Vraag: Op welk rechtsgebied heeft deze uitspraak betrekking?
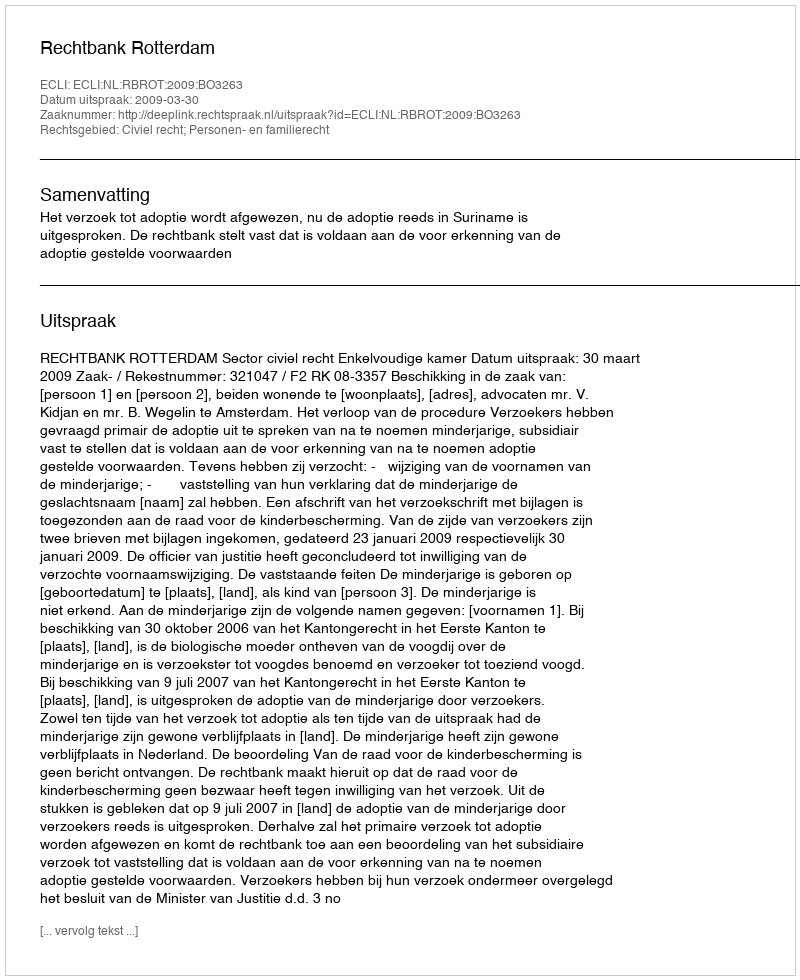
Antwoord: Civiel recht; Personen- en familierecht